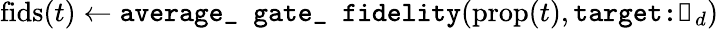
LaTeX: \textrm{fids}(t)\gets\texttt{average\_ gate\_ fidelity}(\textrm{prop}(t),\texttt{target:}\mathbb{1}_{d})